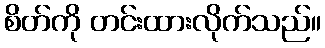
စိတ်ကို တင်းထားလိုက်သည်။